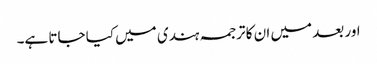
اور بعد میں ان کا ترجمہ ہندی میں کیا جاتا ہے۔